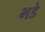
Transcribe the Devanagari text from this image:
भडे